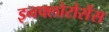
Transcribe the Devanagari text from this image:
इनफ्लोरोसेंस